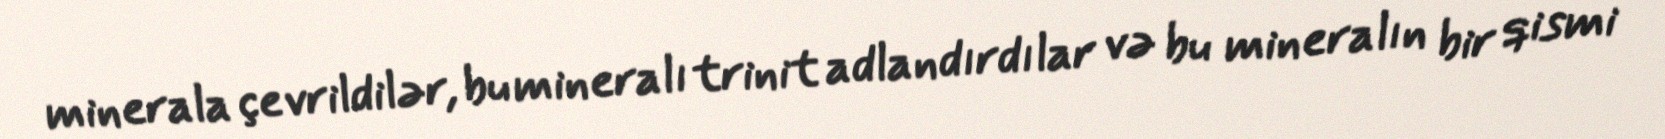
minerala çevrildilər, bu mineralı trinit adlandırdılar və bu mineralın bir qismi